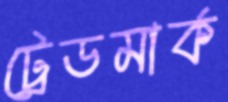
ট্রেডমার্ক